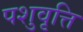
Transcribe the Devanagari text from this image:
पशुवृत्ति